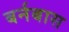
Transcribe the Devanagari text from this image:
बर्नबास